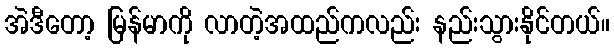
အဲဒီတော့ မြန်မာကို လာတဲ့အထည်ကလည်း နည်းသွားနိုင်တယ်။